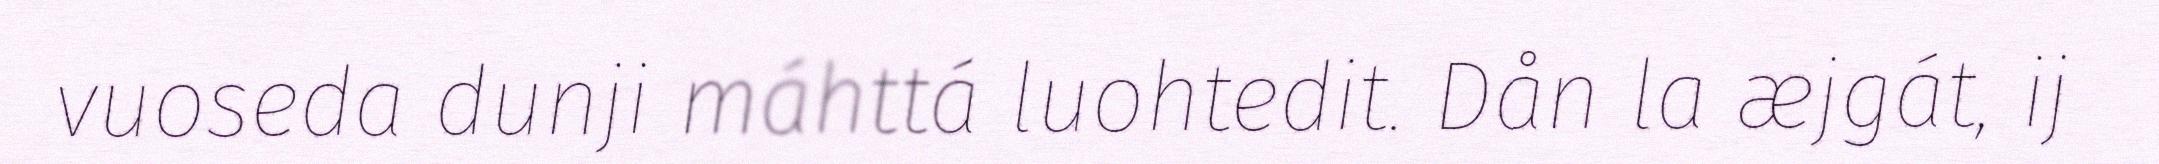
vuoseda dunji máhttá luohtedit. Dån la æjgát, ij